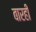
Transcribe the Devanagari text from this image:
बारही